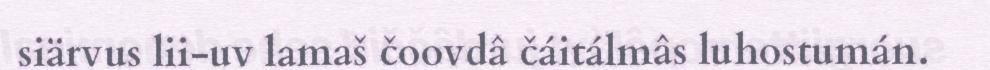
siärvus lii-uv lamaš čoovdâ čáitálmâs luhostumán.